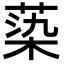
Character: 蒅